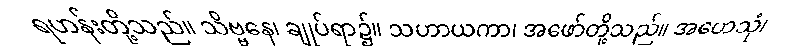
ရဟန်းတို့သည်။ သိဗ္ဗနေ၊ ချုပ်ရာ၌။ သဟာယကာ၊ အဖော်တို့သည်။ အဟေသုံ၊